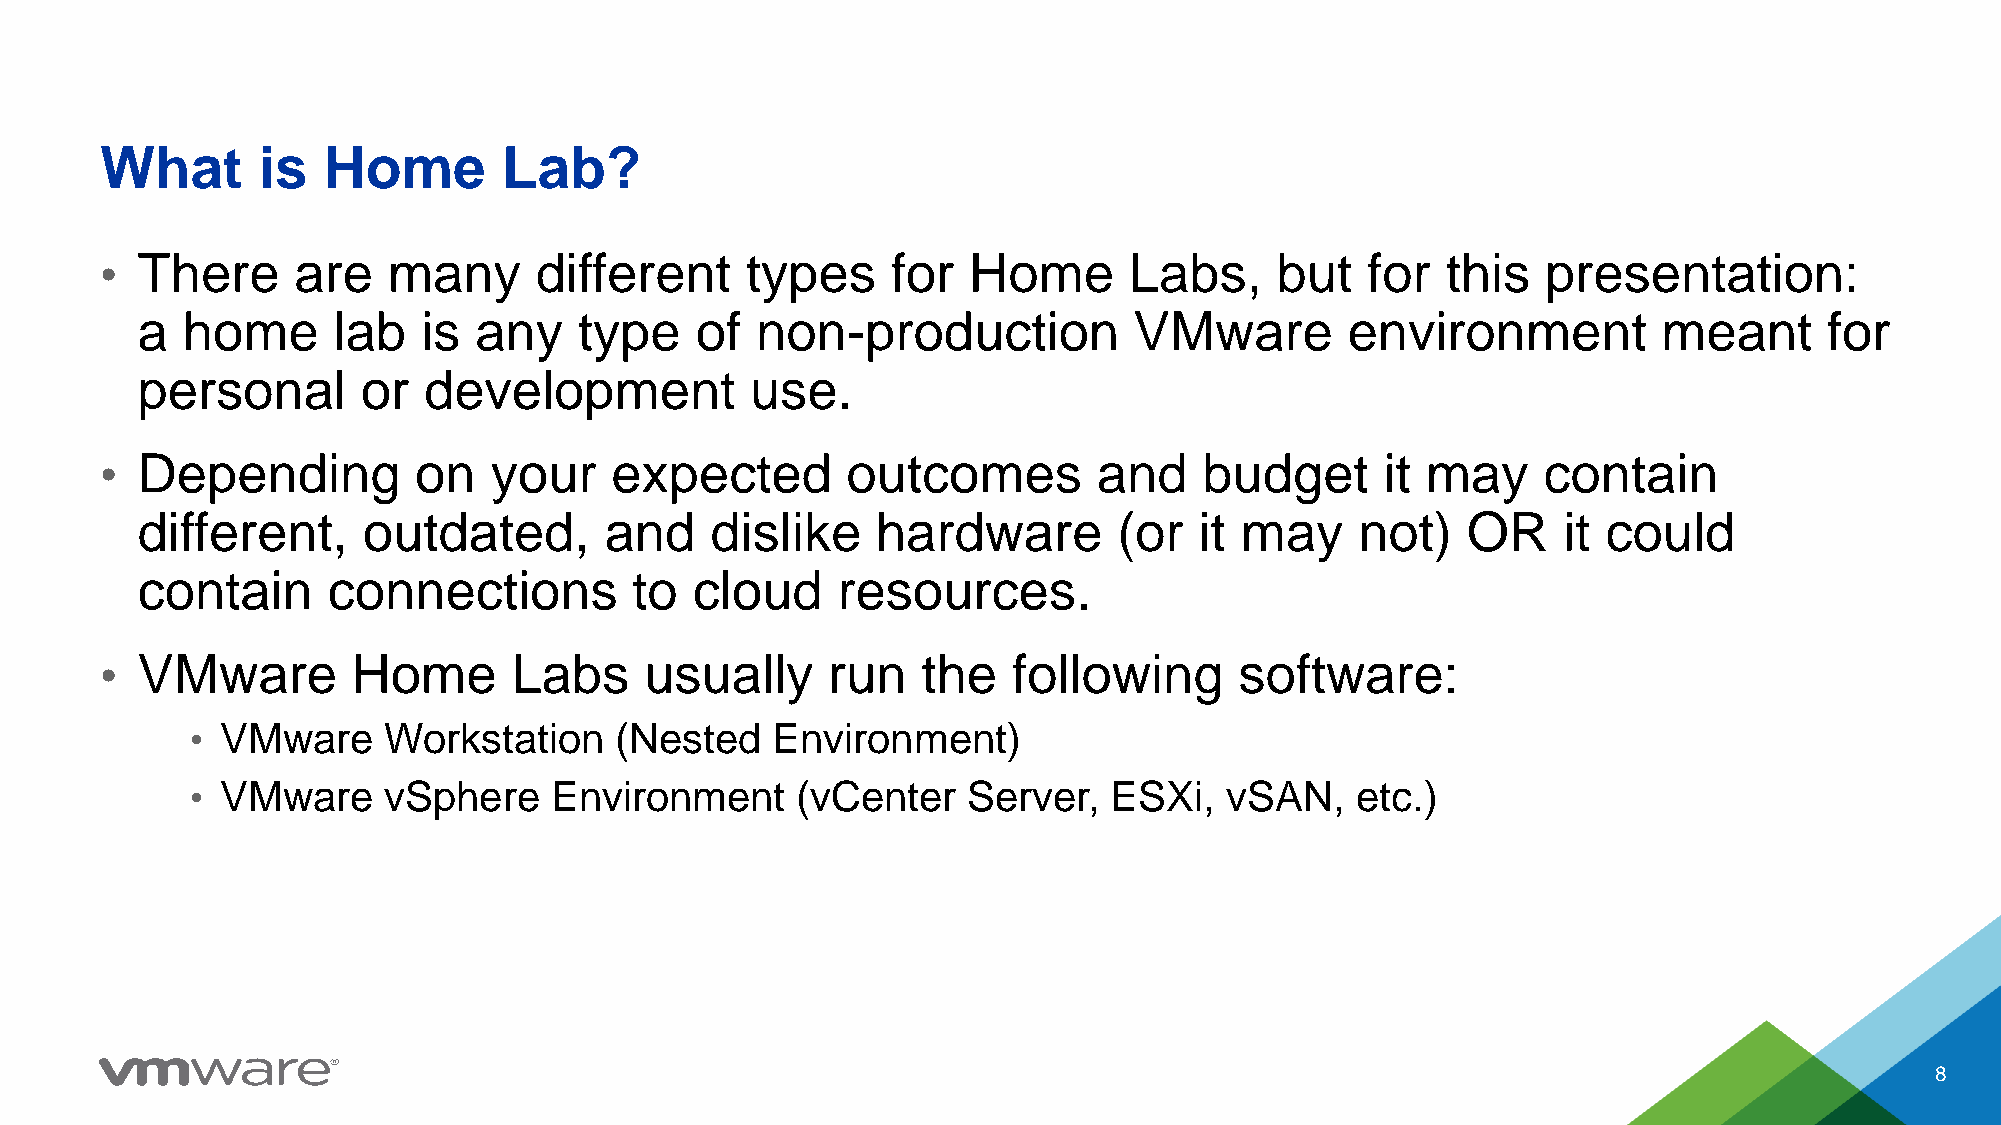
What      is  Home        Lab?
 • There     are    many     different     types     for  Home       Labs,    but   for   this  presentation:
 a  home      lab   is any    type    of  non-production           VMware        environment          meant      for
 personal       or  development           use.
 • Depending         on   your    expected        outcomes         and    budget      it may    contain
 different,     outdated,       and    dislike    hardware        (or  it may     not)   OR    it could
 contain      connections         to  cloud    resources.
 • VMware        Home       Labs     usually     run   the   following      software:
 • VMware    Workstation     (Nested   Environment)
 • VMware    vSphere    Environment      (vCenter   Server,   ESXi,  vSAN,    etc.)
 8